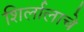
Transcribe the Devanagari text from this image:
शिर्लालाचे